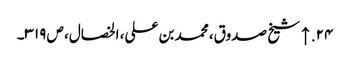
۲۴. ↑ شیخ صدوق، محمد بن علی، الخصال، ص ۳۱۹۔